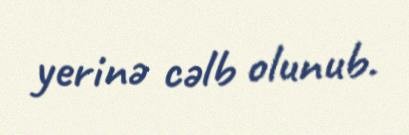
yerinə cəlb olunub.